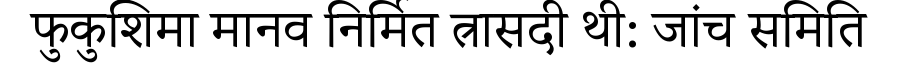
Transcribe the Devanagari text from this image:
फुकुशिमा मानव निर्मित त्रासदी थी: जांच समिति